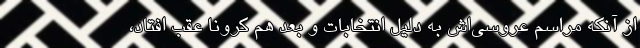
از آنکه مراسم عروسی‌اش به دلیل انتخابات و بعد هم کرونا عقب افتاد،